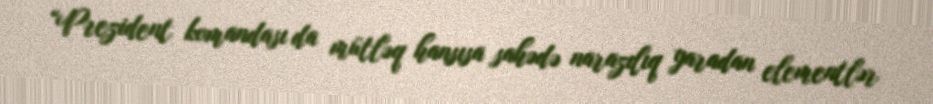
“Prezident komandası da mütləq hansısa sahədə narazılıq yaradan elementlər